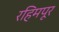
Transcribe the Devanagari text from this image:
रहिमपूर